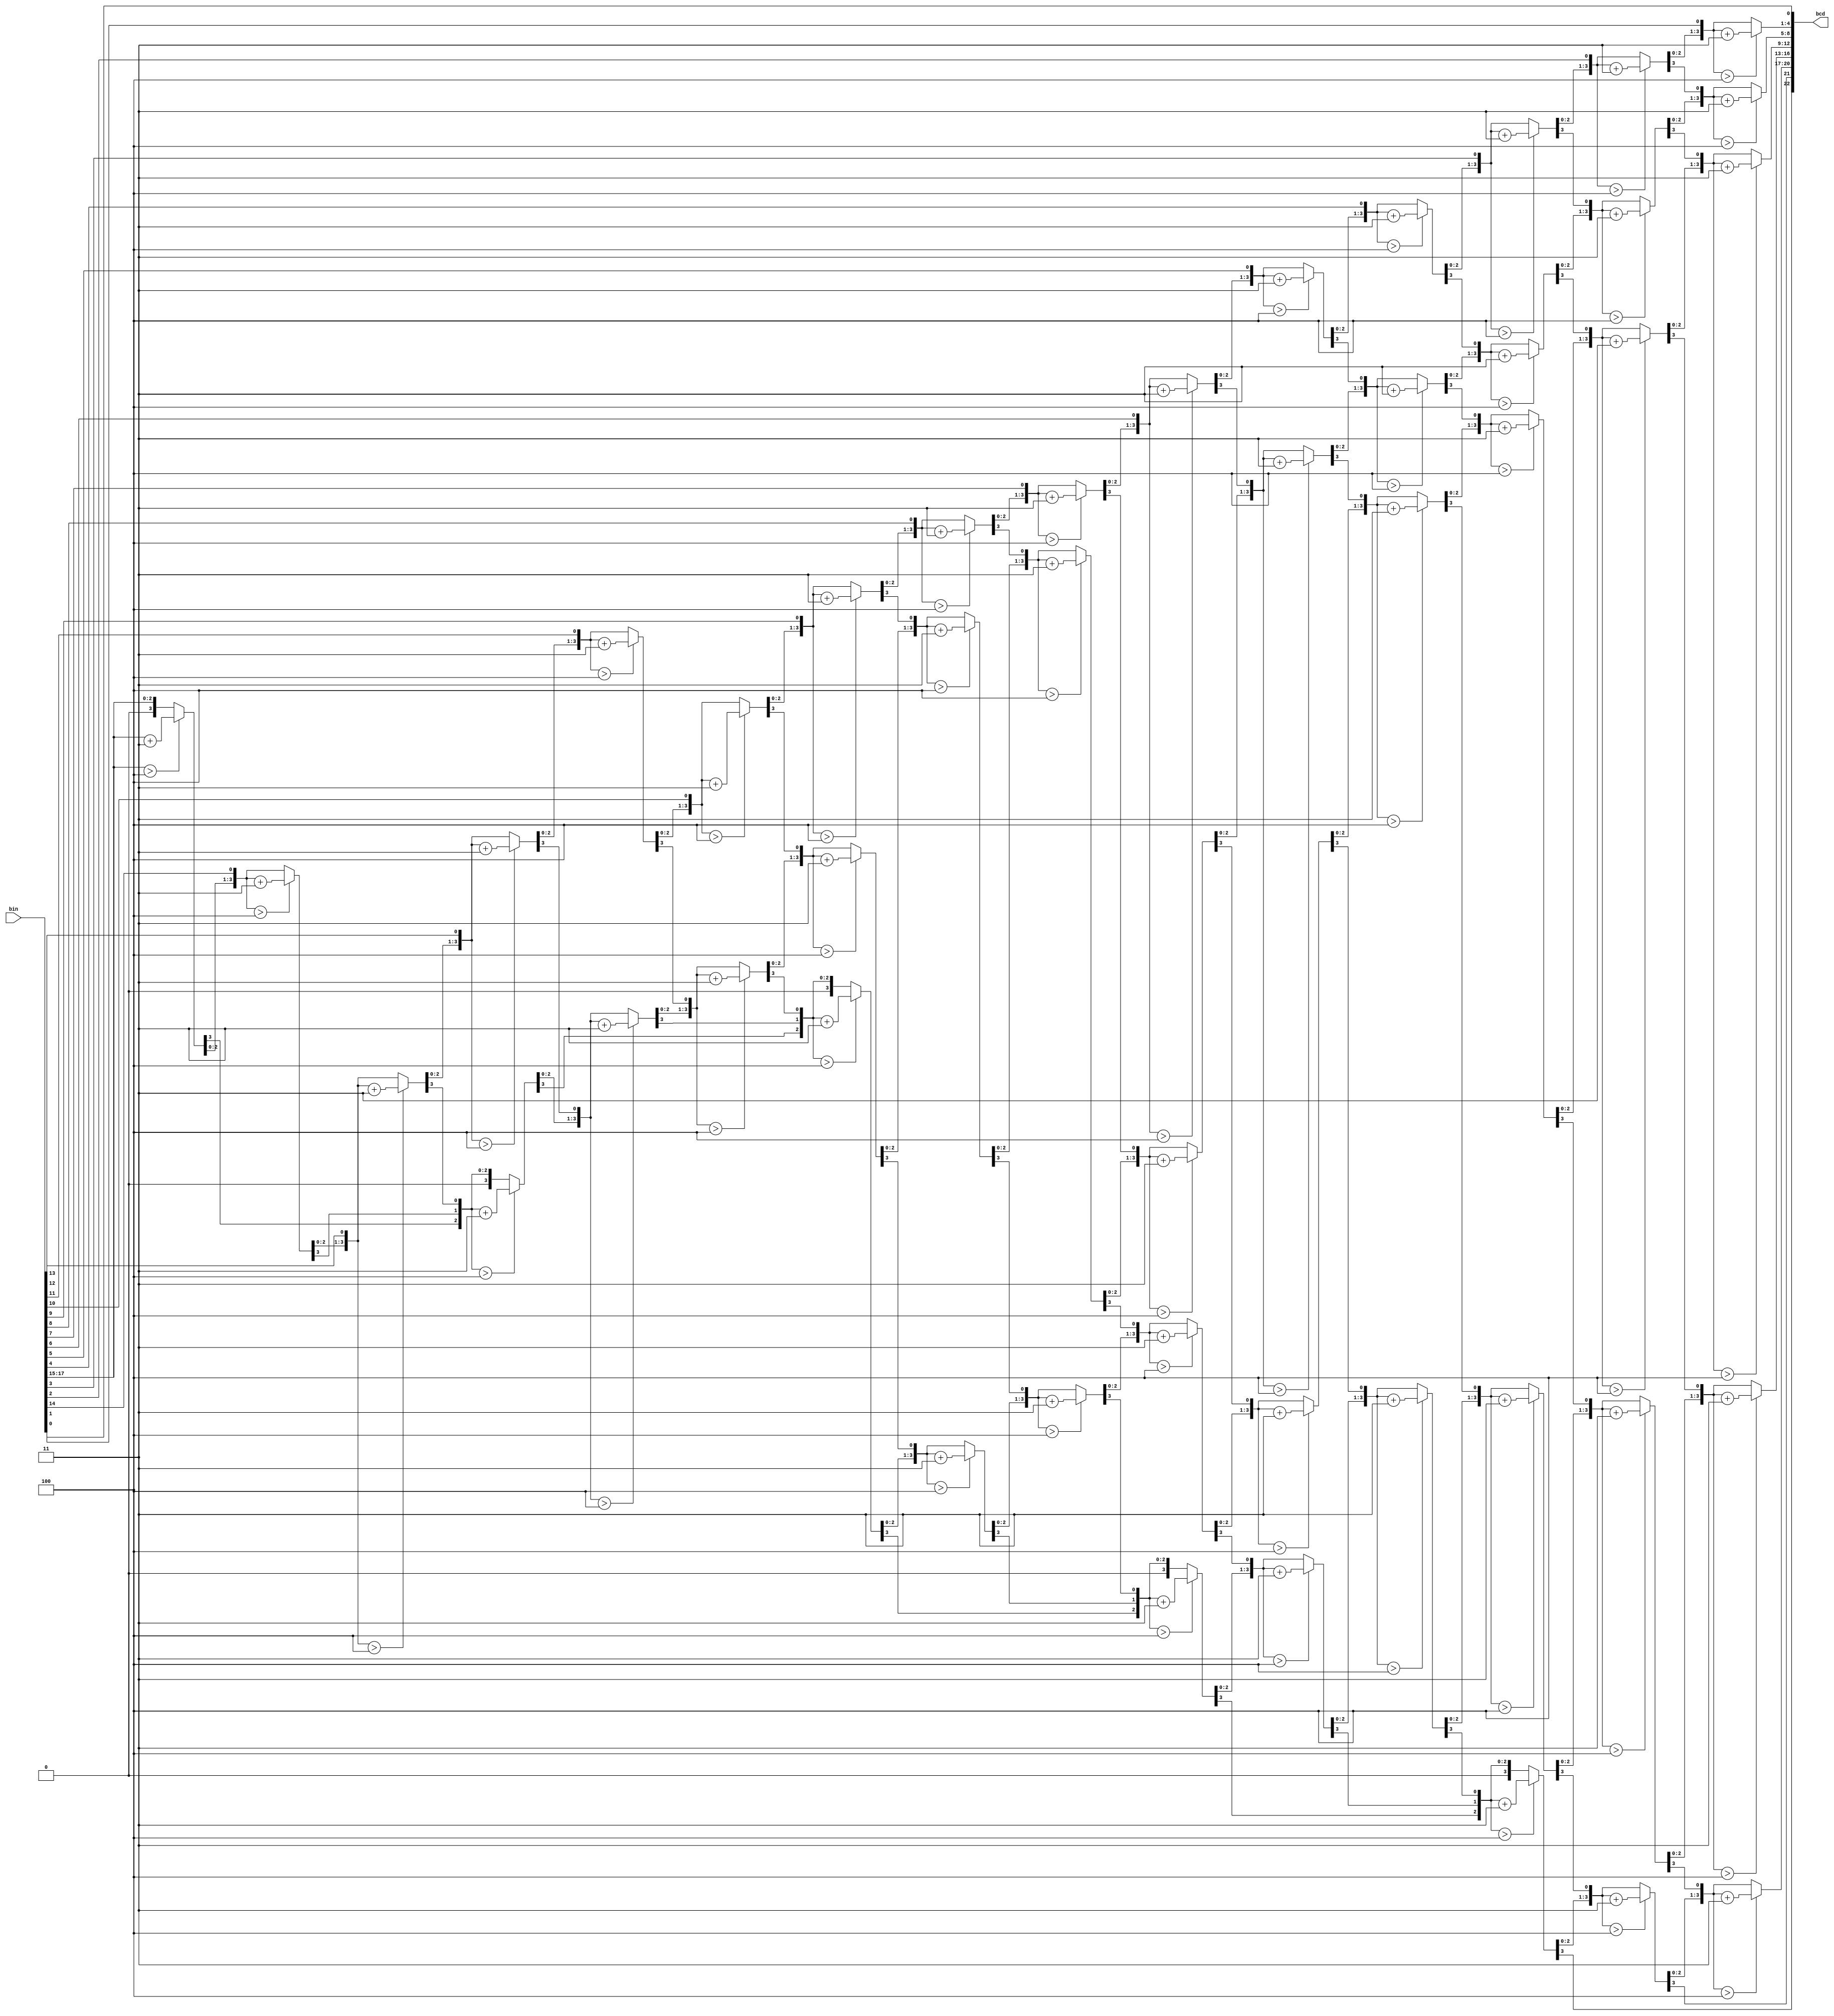
module bin2bcd #(
    parameter W = 18
)  // input width
(
    //Inputs
    input [W - 1 : 0] bin ,   // bin
    //Outputs
    output reg [W + (W - 4) / 3: 0] bcd
);

integer i, j;

always @(bin) begin
    for (i = 0; i <= W + (W - 4) / 3; i = i + 1)
        bcd[i] = 0;     // initialize with zeros
    bcd[W - 1: 0] = bin;                                   
    for (i = 0; i <= W - 4; i = i + 1)                   
        for (j = 0; j <= i / 3; j = j + 1)              
            if (bcd[W - i + 4 * j -: 4] > 4)                 
                bcd[W - i + 4 * j -: 4] = bcd[W - i + 4 * j -: 4] + 4'd3; 
end

endmodule